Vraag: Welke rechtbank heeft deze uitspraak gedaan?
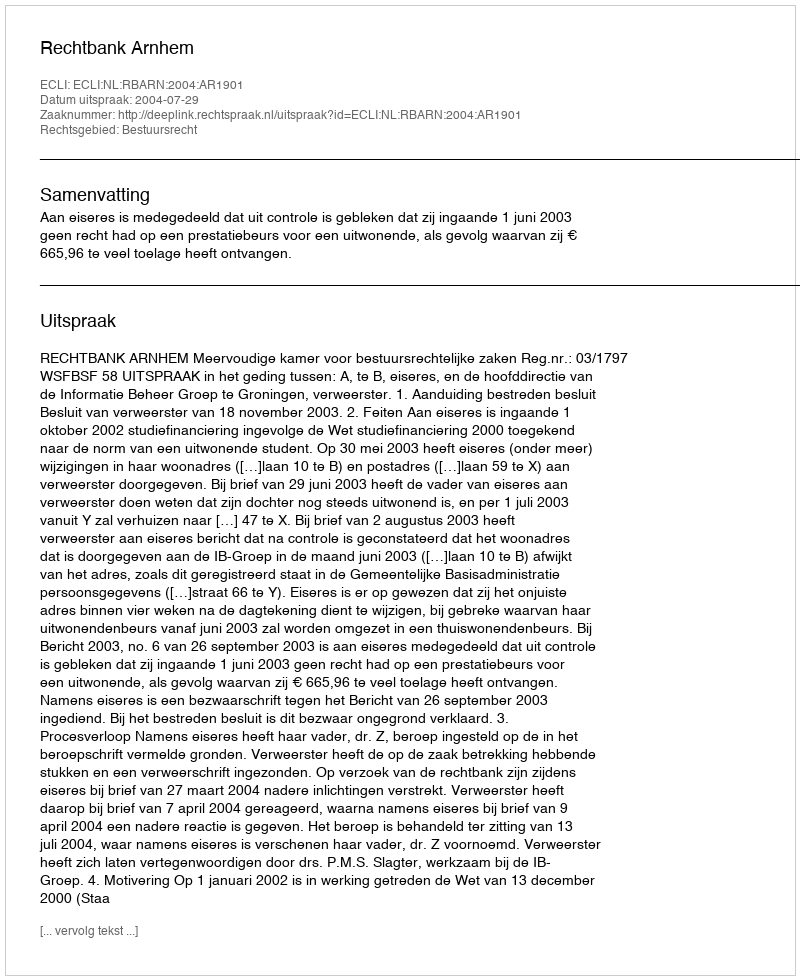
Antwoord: Rechtbank Arnhem